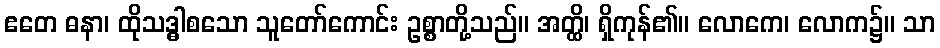
ဧတေ ဓနာ၊ ထိုသဒ္ဓါစသော သူတော်ကောင်း ဥစ္စာတို့သည်။ အတ္ထိ၊ ရှိကုန်၏။ လောကေ၊ လောက၌။ သာ